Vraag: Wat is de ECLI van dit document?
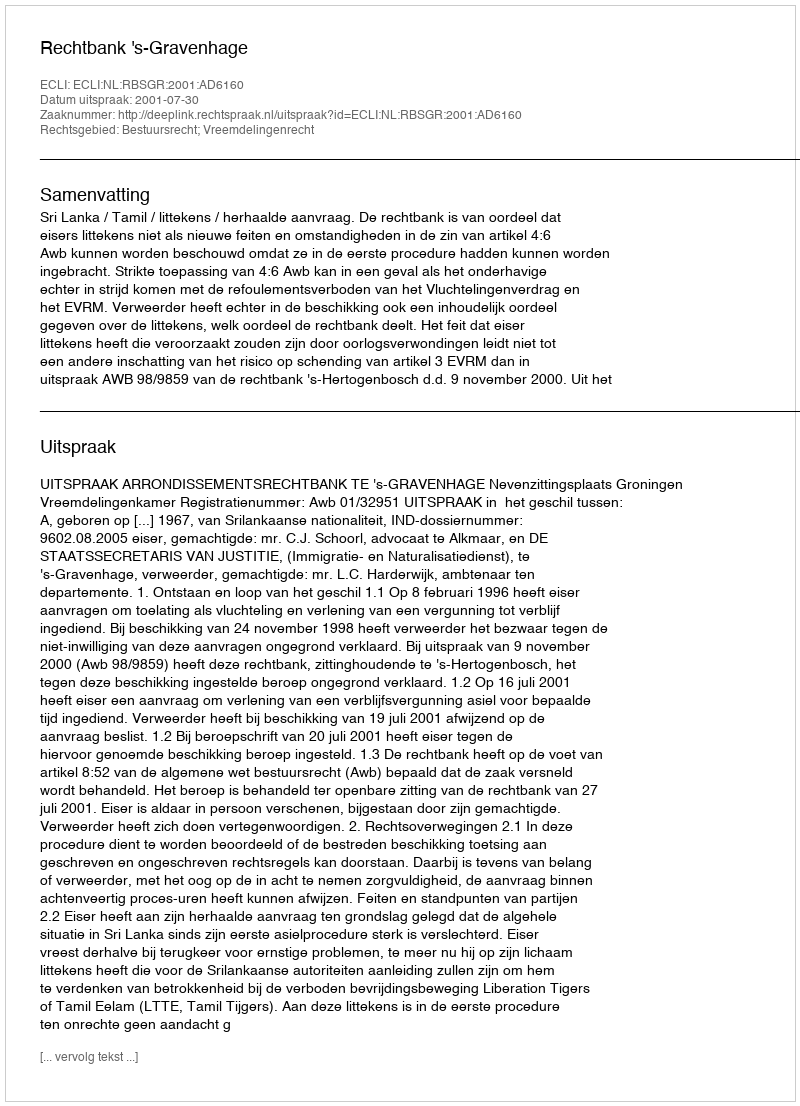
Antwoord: ECLI:NL:RBSGR:2001:AD6160